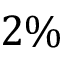
2 \%